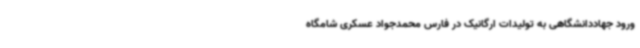
ورود جهاددانشگاهی به تولیدات ارگانیک در فارس محمدجواد عسکری شامگاه